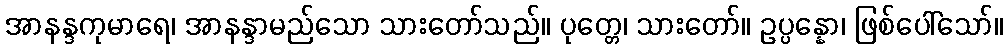
အာနန္ဒကုမာရေ၊ အာနန္ဒာမည်သော သားတော်သည်။ ပုတ္တေ၊ သားတော်။ ဥပ္ပန္နော၊ ဖြစ်ပေါ်သော်။